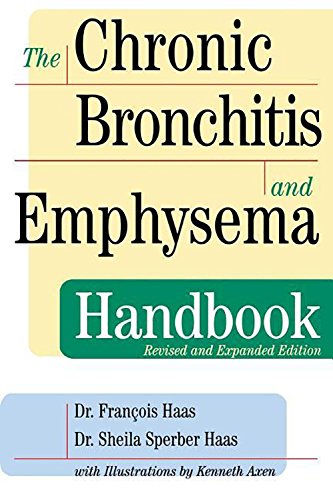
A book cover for The Chronic Bronchitis and Emphysema Handbook; Francois Haas; Health, Fitness & Dieting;